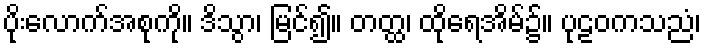
ပိုးလောက်အစုကို။ ဒိသွာ၊ မြင်၍။ တတ္ထ၊ ထိုရေအိမ်၌။ ပုဠဝကသညံ၊